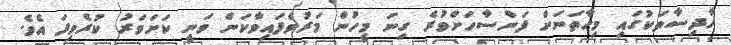
ހާދިސާތަކުގައި މިހާތަނަށް ފަންސާހަށްވުރެ ގިނަ މީހުން މަރުވެފައިވާކަން ވަނީ ކަށަވަރު ކުރެވިފަ އެވެ.